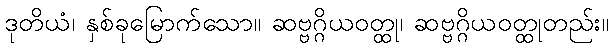
ဒုတိယံ၊ နှစ်ခုမြောက်သော။ ဆဗ္ဗဂ္ဂိယဝတ္ထု၊ ဆဗ္ဗဂ္ဂိယဝတ္ထုတည်း။